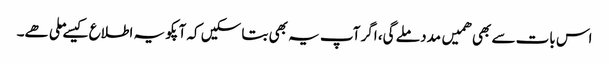
اس بات سے بھی ھمیں مدد ملے گی، اگر آپ یہ بھی بتا سکیں کہ آپکو یہ اطلاع کیسے ملی ھے۔